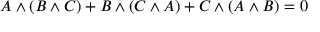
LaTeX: A \wedge ( B \wedge C ) + B \wedge ( C \wedge A ) + C \wedge ( A \wedge B ) = 0